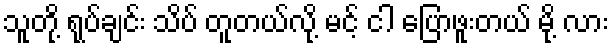
သူတို့ ရုပ်ချင်း သိပ် တူတယ်လို့ မင့် ငါ ပြောဖူးတယ် မို့ လား